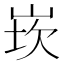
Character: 崁